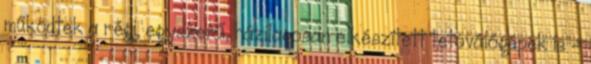
működtek a régi, egyszerű, házilagosan elkészített tetoválógépek is –